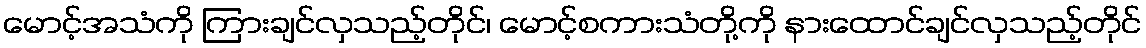
မောင့်အသံကို ကြားချင်လှသည့်တိုင်၊ မောင့်စကားသံတို့ကို နားထောင်ချင်လှသည့်တိုင်